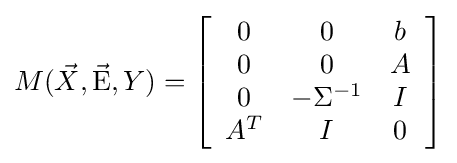
M({\vec {X}},{\vec {\rm {E}}},Y)=\left[{\begin{array}{*{20}c}0&0&b\\0&0&A\\0&{-\Sigma ^{-1}}&I\\{A^{T}}&I&0\\\end{array}}\right]